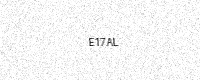
Text: E17AL